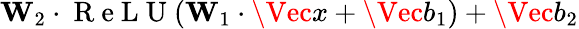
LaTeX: \mathbf{W}_{2}\cdot\mathrm{~R~e~L~U~}(\mathbf{W}_{1}\cdot\Vec{x}+\Vec{b}_{1})+\Vec{b}_{2}